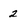
Character: 2